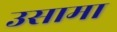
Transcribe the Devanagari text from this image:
उसामा